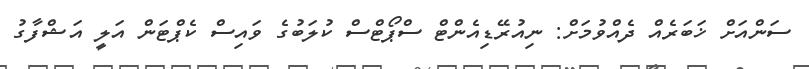
ސަންއަށް ޚަބަރެއް ދެއްވުމަށް: ނިއުރޭޑިއެންޓް ސްޕޯޓްސް ކުލަބުގެ ވައިސް ކެޕްޓަން އަލީ އަޝްފާގު